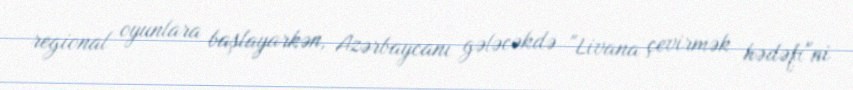
regional oyunlara başlayarkən, Azərbaycanı gələcəkdə "Livana çevirmək hədəfi"ni